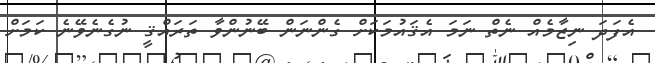
އެފަދަ ނިޒާމެއް ނެތް ނަމަ އެޤައުމަކަށް ގެންނަން ބޭނުންވާ ތަރައްޤީ ނުގެނެވޭނެ ކަމަށް